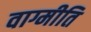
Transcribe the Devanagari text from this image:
वाग्मीति